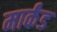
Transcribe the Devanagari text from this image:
मार्कंड